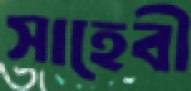
সাহেবী